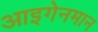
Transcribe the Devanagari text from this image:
आइगेनमान